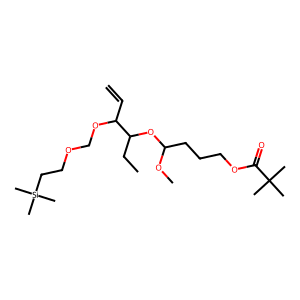
SMILES: C=CC(OCOCC[Si](C)(C)C)C(CC)OC(CCCOC(=O)C(C)(C)C)OC
Inhibits HIV replication: No